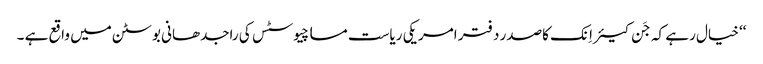
‘‘ خیال رہے کہ جَن کیئر اِنک کاصدر دفتر امریکی ریاست مساچیوسٹس کی راجدھانی بوسٹن میں واقع ہے ۔